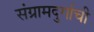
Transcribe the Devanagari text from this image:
संग्रामदुर्गाची